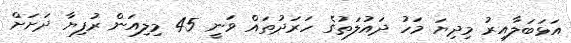
އަޅަބަލާއިރު މިދިޔަ މަހު ދައުލަތުގެ ހަރަދުތައް ވަނީ 45 މިލިއަން ރުފިޔާ ދަށަށް